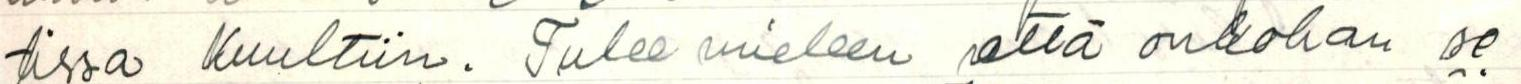
tissa Kuultiin. Tulee mieleen että onkohan se